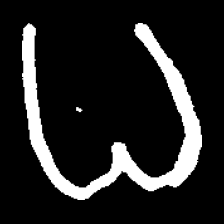
Pyu character \u2014 Myanmar letter: ဓ (romanized: dha)